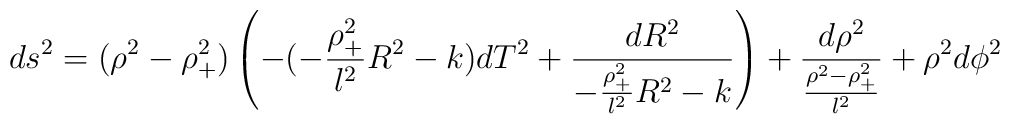
ds^2 = (\rho^2-\rho^2_+)\left( -(-\frac{\rho^2_+}{l^2}R^2-k) dT^2 + \frac{dR^2}{-\frac{\rho^2_+}{l^2}R^2-k}\right)+ \frac{d\rho^2}{\frac{\rho^2-\rho^2_+}{l^2}} + \rho^2 d\phi^2